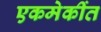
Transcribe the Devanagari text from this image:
एकमेकींत